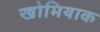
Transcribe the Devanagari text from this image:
खोमियाक